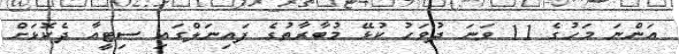
އަންނަ މަހުގެ 11 ވަނަ ދުވަހު ކުޅޭ މުބާރާތުގެ ފައިނަލްގައި ސިޓީއާ ދެކޮޅަށް